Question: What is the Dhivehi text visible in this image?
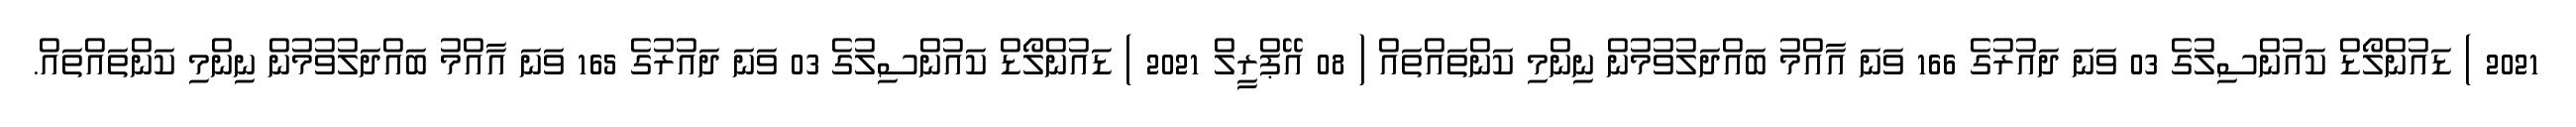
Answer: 2021 ) ޑައުންލޯޑް ކައުންސިލުގެ 03 ވަނަ ދައުރުގެ 166 ވަނަ އާއްމު ބައްދަލުވުމުން ނިންމި ކަންތައްތައް ( 08 އޭޕްރީލް 2021 ) ޑައުންލޯޑް ކައުންސިލުގެ 03 ވަނަ ދައުރުގެ 165 ވަނަ އާއްމު ބައްދަލުވުމުން ނިންމި ކަންތައްތައް.